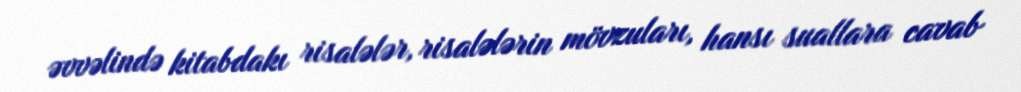
əvvəlində kitabdakı risalələr, risalələrin mövzuları, hansı suallara cavab